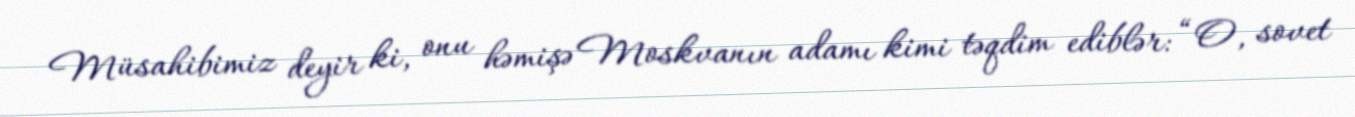
Müsahibimiz deyir ki, onu həmişə Moskvanın adamı kimi təqdim ediblər: “O, sovet